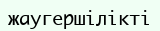
жаугершілікті